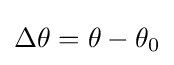
\Delta \theta =\theta -\theta _{\text{0}}